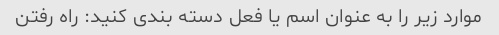
موارد زیر را به عنوان اسم یا فعل دسته بندی کنید: راه رفتن